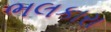
ભલકારા